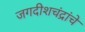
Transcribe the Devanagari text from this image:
जगदीशचंद्रांचे